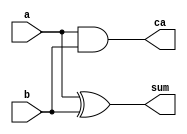
module ha (
    input a,
    input b,
    output sum,
    output ca
    );
    
    assign sum = a ^ b;
    assign ca = a & b;
endmodule